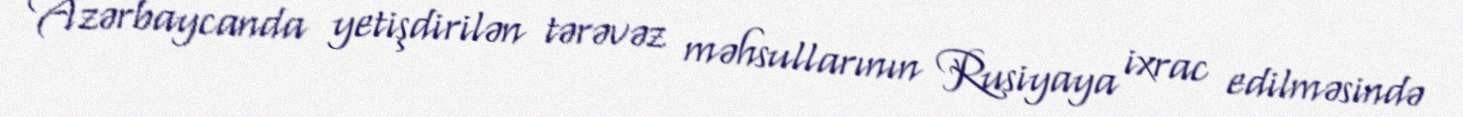
Azərbaycanda yetişdirilən tərəvəz məhsullarının Rusiyaya ixrac edilməsində